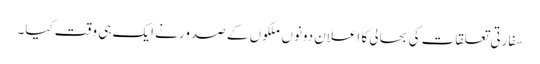
سفارتی تعلقات کی بحالی کا اعلان دونوں ملکوں کے صدور نے ایک ہی وقت کیا۔